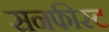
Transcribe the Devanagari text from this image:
सनफीस्ट